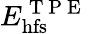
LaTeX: E_{\mathrm{hfs}}^{\mathrm{~T~P~E~}}